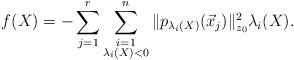
LaTeX: \begin{align*} f(X)= - \sum_{j=1}^{r} \sum_{\begin{subarray}{c}i=1 \\\lambda_i(X) <0 \end{subarray}}^n \|p_{ \lambda_i(X)}(\vec{x}_j)\|_{z_0}^2 \lambda_i(X).\end{align*}